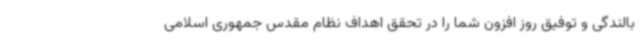
بالندگی و توفیق روز افزون شما را در تحقق اهداف نظام مقدس جمهوری اسلامی